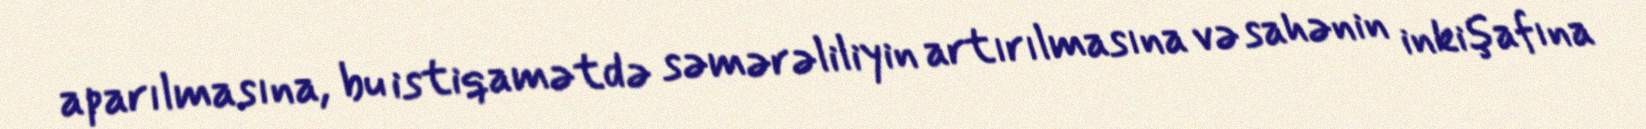
aparılmasına, bu istiqamətdə səmərəliliyin artırılmasına və sahənin inkişafına